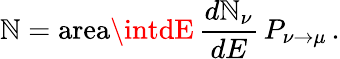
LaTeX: \mathbb{N}=\mathrm{{area}}\intdE\, {\frac{{d\mathbb{N}_{\nu}}}{{dE}}}\, P_{\nu\to\mu}\, .